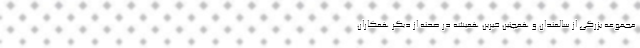
مجموعه بزرگی از سالمندان و همچنین خیرین همیشه در صحنه از دیگر همکاران